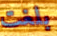
بلغت